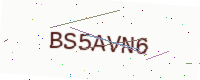
Text: BS5AVN6